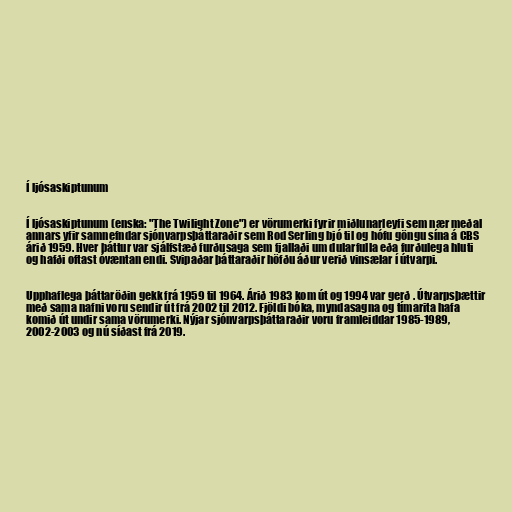
Í ljósaskiptunum

Í ljósaskiptunum (enska: "The Twilight Zone") er vörumerki fyrir miðlunarleyfi sem nær meðal
annars yfir samnefndar sjónvarpsþáttaraðir sem Rod Serling bjó til og hófu göngu sína á CBS
árið 1959. Hver þáttur var sjálfstæð furðusaga sem fjallaði um dularfulla eða furðulega hluti
og hafði oftast óvæntan endi. Svipaðar þáttaraðir höfðu áður verið vinsælar í útvarpi.

Upphaflega þáttaröðin gekk frá 1959 til 1964. Árið 1983 kom út og 1994 var gerð . Útvarpsþættir
með sama nafni voru sendir út frá 2002 til 2012. Fjöldi bóka, myndasagna og tímarita hafa
komið út undir sama vörumerki. Nýjar sjónvarpsþáttaraðir voru framleiddar 1985-1989,
2002-2003 og nú síðast frá 2019.